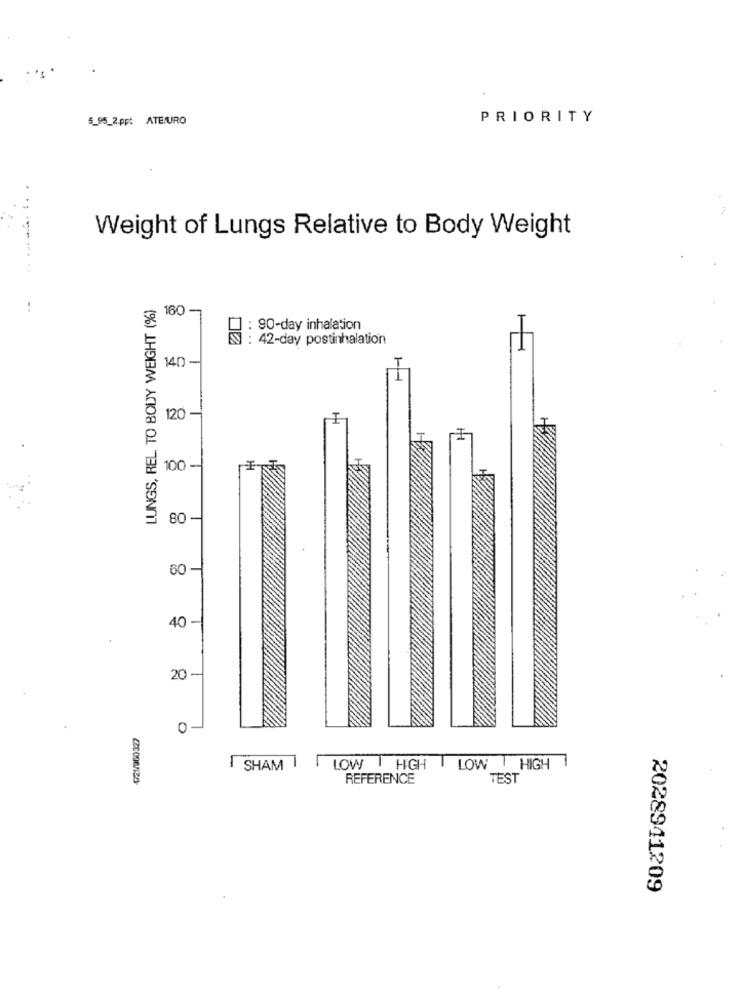
5_95_2.ppt ATEURO
PRIORITY
Weight of Lungs Relative to Body Weight
LUNGS, REL TO BODY WEIGHT (%)
..
160 -
..
90-day inhalation
: 42-day postinhalation
140 -
120 -
100-
80 -
60 -
40 -
20 -
0 -
SHAM
[ LOW | HIGH | LOW / HIGH
REFERENCE
TEST
2028941209